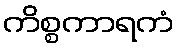
ကိစ္စကာရကံ